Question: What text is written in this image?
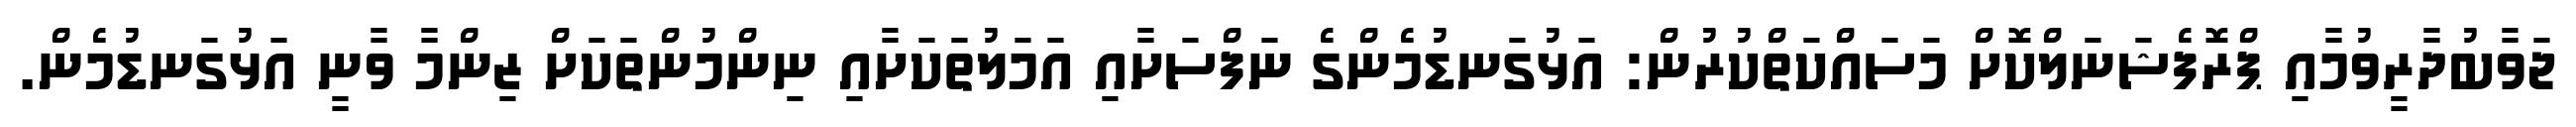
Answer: ޖަވާބުދާރީވުމާއި ޕްރޮފެޝަނަލްކޮށް މަސައްކަތްކުރުން: އަޅުގަނޑުމެންގެ ނަފްސަށާއި އަމަލުތަކަށާއި ނިންމުންތަކަށް ޒިންމާ ވާނީ އަޅުގަނޑުމެން.